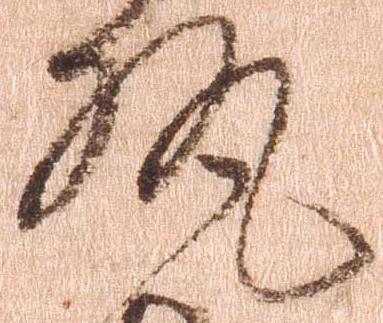
執